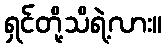
ရှင်တို့သိရဲ့လား။